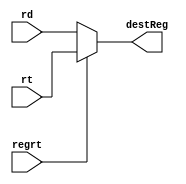
`timescale 1ns / 1ps
//////////////////////////////////////////////////////////////////////////////////
// Company: 
// Engineer: 
// 
// Design Name: 
// Module Name: ID_RegrtMultiplexer_dp
// Project Name: 
// Target Devices: 
// Tool Versions: 
// Description: 
// 
// Dependencies: 
// 
// Revision:
// Revision 0.01 - File Created
// Additional Comments:
// 
//////////////////////////////////////////////////////////////////////////////////


module RegrtMultiplexer(
    // Inputs
    input [4:0] rt,     // Input register value rt
    input [4:0] rd,     // Input register value rd
    input regrt,        // Control signal to select the output (0 for rd, 1 for rt)

    // Output
    output reg [4:0] destReg  // Output register value (selected based on the control signal)
);

always @(*)
begin
    if (regrt == 0)
        destReg = rd;    // Select rd as the output when regrt is 0.
    else
        destReg = rt;    // Select rt as the output when regrt is 1.
end

endmodule